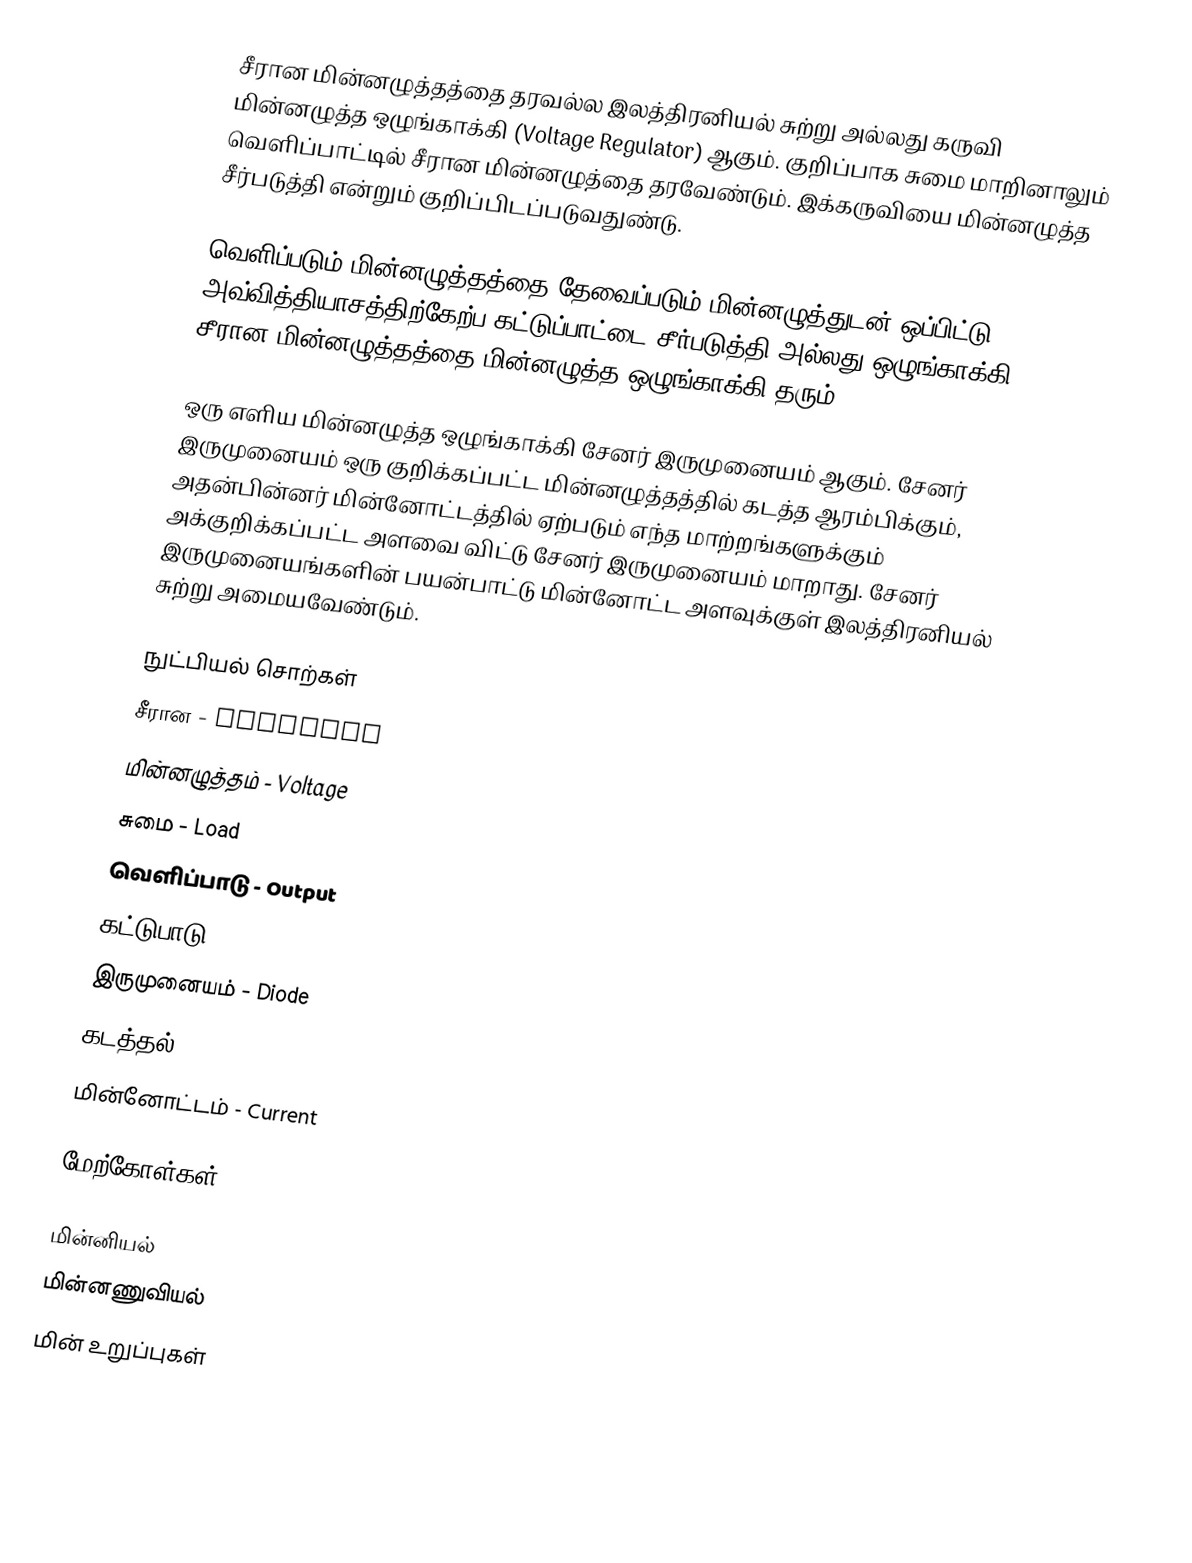
சீரான  மின்னழுத்தத்தை தரவல்ல இலத்திரனியல் சுற்று அல்லது கருவி மின்னழுத்த ஒழுங்காக்கி (Voltage Regulator) ஆகும்.  குறிப்பாக சுமை மாறினாலும் வெளிப்பாட்டில் சீரான மின்னழுத்தை தரவேண்டும்.  இக்கருவியை மின்னழுத்த சீர்படுத்தி என்றும் குறிப்பிடப்படுவதுண்டு.

வெளிப்படும் மின்னழுத்தத்தை தேவைப்படும் மின்னழுத்துடன் ஒப்பிட்டு அவ்வித்தியாசத்திற்கேற்ப கட்டுப்பாட்டை சீர்படுத்தி அல்லது ஒழுங்காக்கி சீரான மின்னழுத்தத்தை மின்னழுத்த ஒழுங்காக்கி தரும்.

ஒரு எளிய மின்னழுத்த ஒழுங்காக்கி சேனர் இருமுனையம் ஆகும்.  சேனர் இருமுனையம் ஒரு குறிக்கப்பட்ட மின்னழுத்தத்தில் கடத்த ஆரம்பிக்கும், அதன்பின்னர் மின்னோட்டத்தில் ஏற்படும் எந்த மாற்றங்களுக்கும் அக்குறிக்கப்பட்ட அளவை விட்டு சேனர் இருமுனையம் மாறாது.  சேனர் இருமுனையங்களின் பயன்பாட்டு மின்னோட்ட அளவுக்குள் இலத்திரனியல் சுற்று அமையவேண்டும்.

நுட்பியல் சொற்கள்
 சீரான - Constant
 மின்னழுத்தம் - Voltage
 சுமை - Load
 வெளிப்பாடு - Output
 கட்டுபாடு - Control
 இருமுனையம் - Diode
 கடத்தல் - Conduct
 மின்னோட்டம் - Current

மேற்கோள்கள்

மின்னியல்
மின்னணுவியல்
மின் உறுப்புகள்